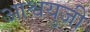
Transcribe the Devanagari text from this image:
आश्वयुजी